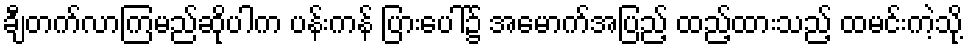
ချီတက်လာကြမည်ဆိုပါက ပန်းကန် ပြားပေါ်၌ အမောက်အပြည့် ထည့်ထားသည့် ထမင်းကဲ့သို့